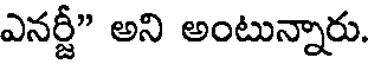
ఎనర్జీ" అని అంటున్నారు.